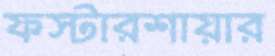
ফস্টারশায়ার